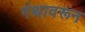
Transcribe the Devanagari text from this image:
गंथावरून